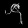
Digit: ၄